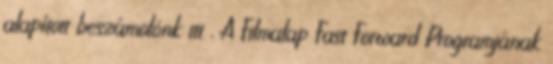
alapított beszámolónk itt . A Filmalap Fast Forward Programjának